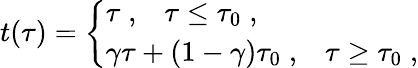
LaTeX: t(\tau)=\left\{ \begin{array}{l}{{\tau\; ,\; \; \; \tau\leq\tau_{0}\; ,}}\\ {{\gamma\tau+(1-\gamma)\tau_{0}\; ,\; \; \; \tau\geq\tau_{0}\; ,}}\end{array}\right.